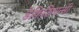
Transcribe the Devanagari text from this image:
डेफिशियन्सी